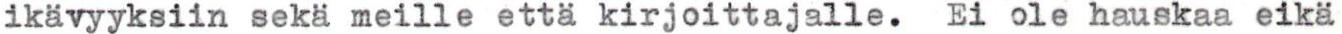
ikävyyksiin sekä meille että kirjoittajalle. Ei ole hauskaa eikä